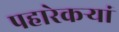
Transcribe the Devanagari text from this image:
पहारेकऱ्यां